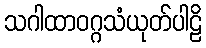
သဂါထာဝဂ္ဂသံယုတ်ပါဠိ